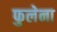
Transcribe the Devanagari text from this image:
फुलेना